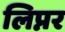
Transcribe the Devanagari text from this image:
लिप्नर